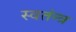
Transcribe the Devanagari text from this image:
स्वतंन्त्र